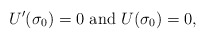
\begin{align*}U^{\prime} (\sigma_{0})=0 \mbox{ and } U (\sigma_{0})=0,\end{align*}